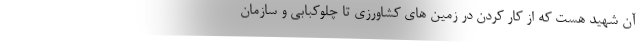
آن شهید هست که از کار کردن در زمین های کشاورزی تا چلوکبابی و سازمان